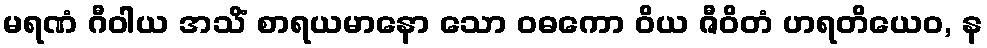
မရဏံ ဂီဝါယ အသိံ စာရယမာနော သော ဝဓကော ဝိယ ဇီဝိတံ ဟရတိယေဝ, န